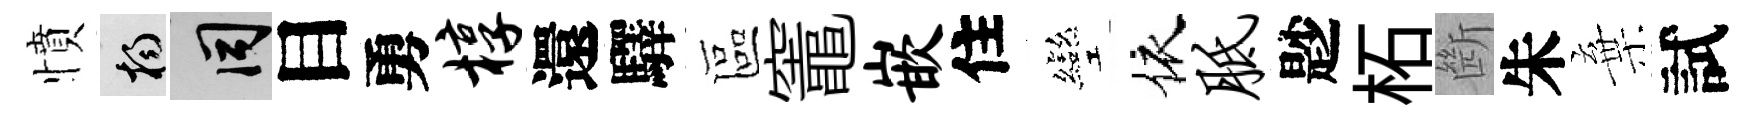
憤楊间目勇椁還驛區竈嵌住彎依胝尟柘㫁朱棄試